Vaccination in Bombay 1874-1876 - 1874-1876
Year: 1874
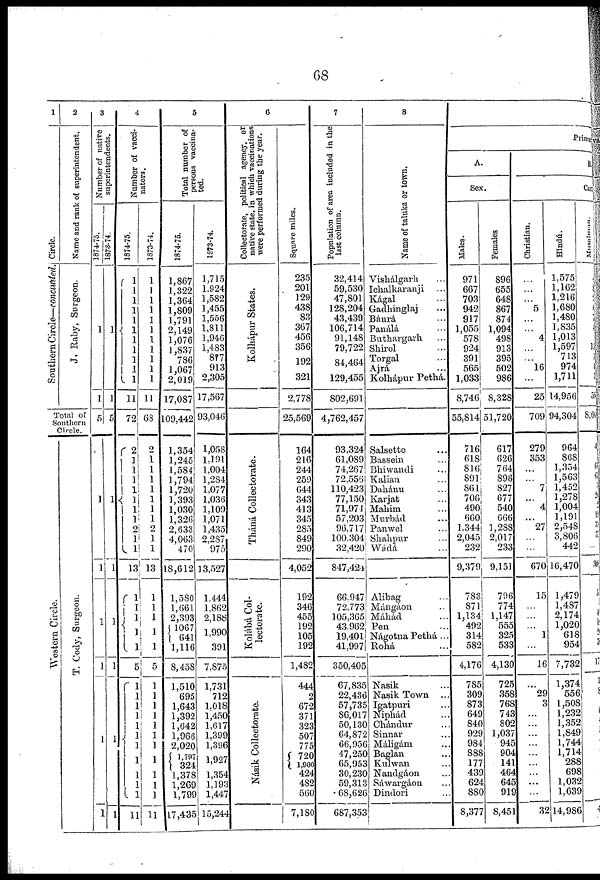
68
1
Circle.
Sout her n Cir c le
—c o n c lu
d e d .
2
Name and rank of superintendent.
J. Raby, Sur geon.
Total of
Southern
Circle.
Western Circle.
T. Cody, Surgeon.
3
Number of native
superintendents.
l874-75.
1
1
5
1
1
1
1
1
1
1873-74.
1
1
5
1
1
1
1
1
1
4
Number of vacci-
nators.
1874-75.
1
1
1
1
1
1
1
1
1
1
1
11
72
2
1
1
1
1
1
1
1
2
1
1
13
1
1
1
1
1
5
1
1
1
1
1
1
1
1
1
1
1
11
1873-74.
1
1
1
1
1
1
1
1
1
1
1
11
68
2
1
1
1
1
1
1
1
2
1
1
13
1
1
1
1
1
5
1
1
1
1
1
1
1
1
1
1
1
11
5
Total number of
persons vaccina-
ted.
1874-75.
1,867
1,322
1,364
1,809
1,791
2,149
1,076
1,837
786
1,067
2,019
17,087
109,442
1,354
1,245
1,584
1,794
1,720
1,393
1,030
1,326
2,633
4,063
470
18,612
1,580
1,661
2,393
1067
641
1,116
8,458
1,510
695
1,643
1,392
1,642
1,966
2,020
1,797
324
1,378
1,269
1,799
17,435
1873-74.
1,715
1,924
1,582
1,455
1,556
1,811
1,946
1,483
877
913
2,305
17,567
93,046
1,058
1,191
1,004
1,284
1,077
1,036
1,109
1,071
1,435
2,287
975
13,527
1,444
1,862
2,188
1,990
391
7,873
1,731
712
1,018
1,450
1,617
1,399
1,396
1,927
1,354
1,193
1,447
15,244
6
Collectorate, political agency, or
native state, in which vaccinations
were performed during the year.
Kolhápur St at es.
Tháná Collectorate.
Kolábá Col-
lectorate.
Násik Collectorate.
Square miles.
235
201
129
438
83
367
456
356
192
321
2,778
25,569
164
216
244
259
644
343
413
345
283
849
290
4,052
192
346
455
192
105
192
1,482
444
2
672
371
323
507
775
720
1,900
424
482
560
7, 180
7
Population of area included in the
last column.
32,414
59,530
47,801
128,204
43,439
106,714
91,148
79,722
84,464
129,455
802,691
4,762,457
93,324
61,089
74,267
72,556
110,423
77,150
71,974
57,203
96,717
100,304
32,420
847,424
66,947
72,773
105,365
43,962
19,401
41,997
350,405
67,835
22,436
57,735
86,017
50,130
64,872
66,956
47,250
65,953
30,230
59,313
68,626
687,353
8
Name of taluka or town,
Vishálgarh ...
Ichalkaranji ...
Kágal ...
Gadhinglaj ...
Báurá ...
Panálá ...
Buthargarh ...
Shirol ...
Torgal ...
Ajrá ...
Kolhápur Pethá.
Salsette ...
Bassein ...
Bhiwandi ...
Kalian ...
Dahánu ...
Karjat ...
Mahim ...
Murbád ...
Panwel ...
Shahpur ...
Wádá ...
Alibag ...
Mángáon ...
Máhád ...
Pen ...
Nágotna Pethá ...
Rohá
Nasik ...
Nasik Town ...
Igatpuri ...
Niphád ...
Chándur ...
Sinnar ...
Máligám ...
Baglan ...
Kulwan ...
Nandgáon ...
Sáwargáon ...
Dindori ...
Pri
A.
Sex.
Males.
971
667
703
942
917
1,055
578
924
391
565
1,033
8,746
55,814
716
618
816
891
861
706
490
660
1,344
2,045
232
9,379
783
871
1,134
492
314
582
4,176
785
309
873
649
840
929
984
888
177
439
624
880
8,377
Females
896
655
648
867
874
1,094
498
913
395
502
986
8,328
51,720
617
626
764
896
827
677
540
666
1,288
2,017
233
9,151
796
774
1,147
555
325
533
4,130
725
358
768
743
802
1,037
945
904
141
464
645
919
8,451
B
Caste.
Christian.
...
...
...
5
...
... 4
...
...
16
...
25
709
279
353
...
...
7
...
4
...
27
...
...
670
15
...
...
...
1
...
16
...
29
3
...
...
...
...
...
...
...
...
...
32
Hindu.
1,575
1,162
1,216
1,680
1,480
1,835
1,013
1,597
713
974
1,711
14,956
94,304
964
868
1,354
1,563
1,452
1,278
1,004
1,191
2,548
3,806
442
16,470
1,479
1,487
2,174
1,020
618
954
7,732
1,374
556
1,508
1,232
1,352
1,848
1,744
1,714
288
698
1,032
1,639
14,986
Musalman.
13
58
8,06
4
6
3
3
...
30
1